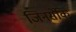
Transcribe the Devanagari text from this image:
जिनसेकि